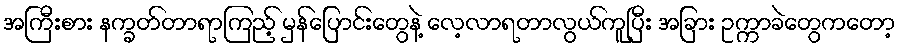
အကြီးစား နက္ခတ်တာရာကြည့် မှန်ပြောင်းတွေနဲ့ လေ့လာရတာလွယ်ကူပြီး အခြား ဥက္ကာခဲတွေကတော့